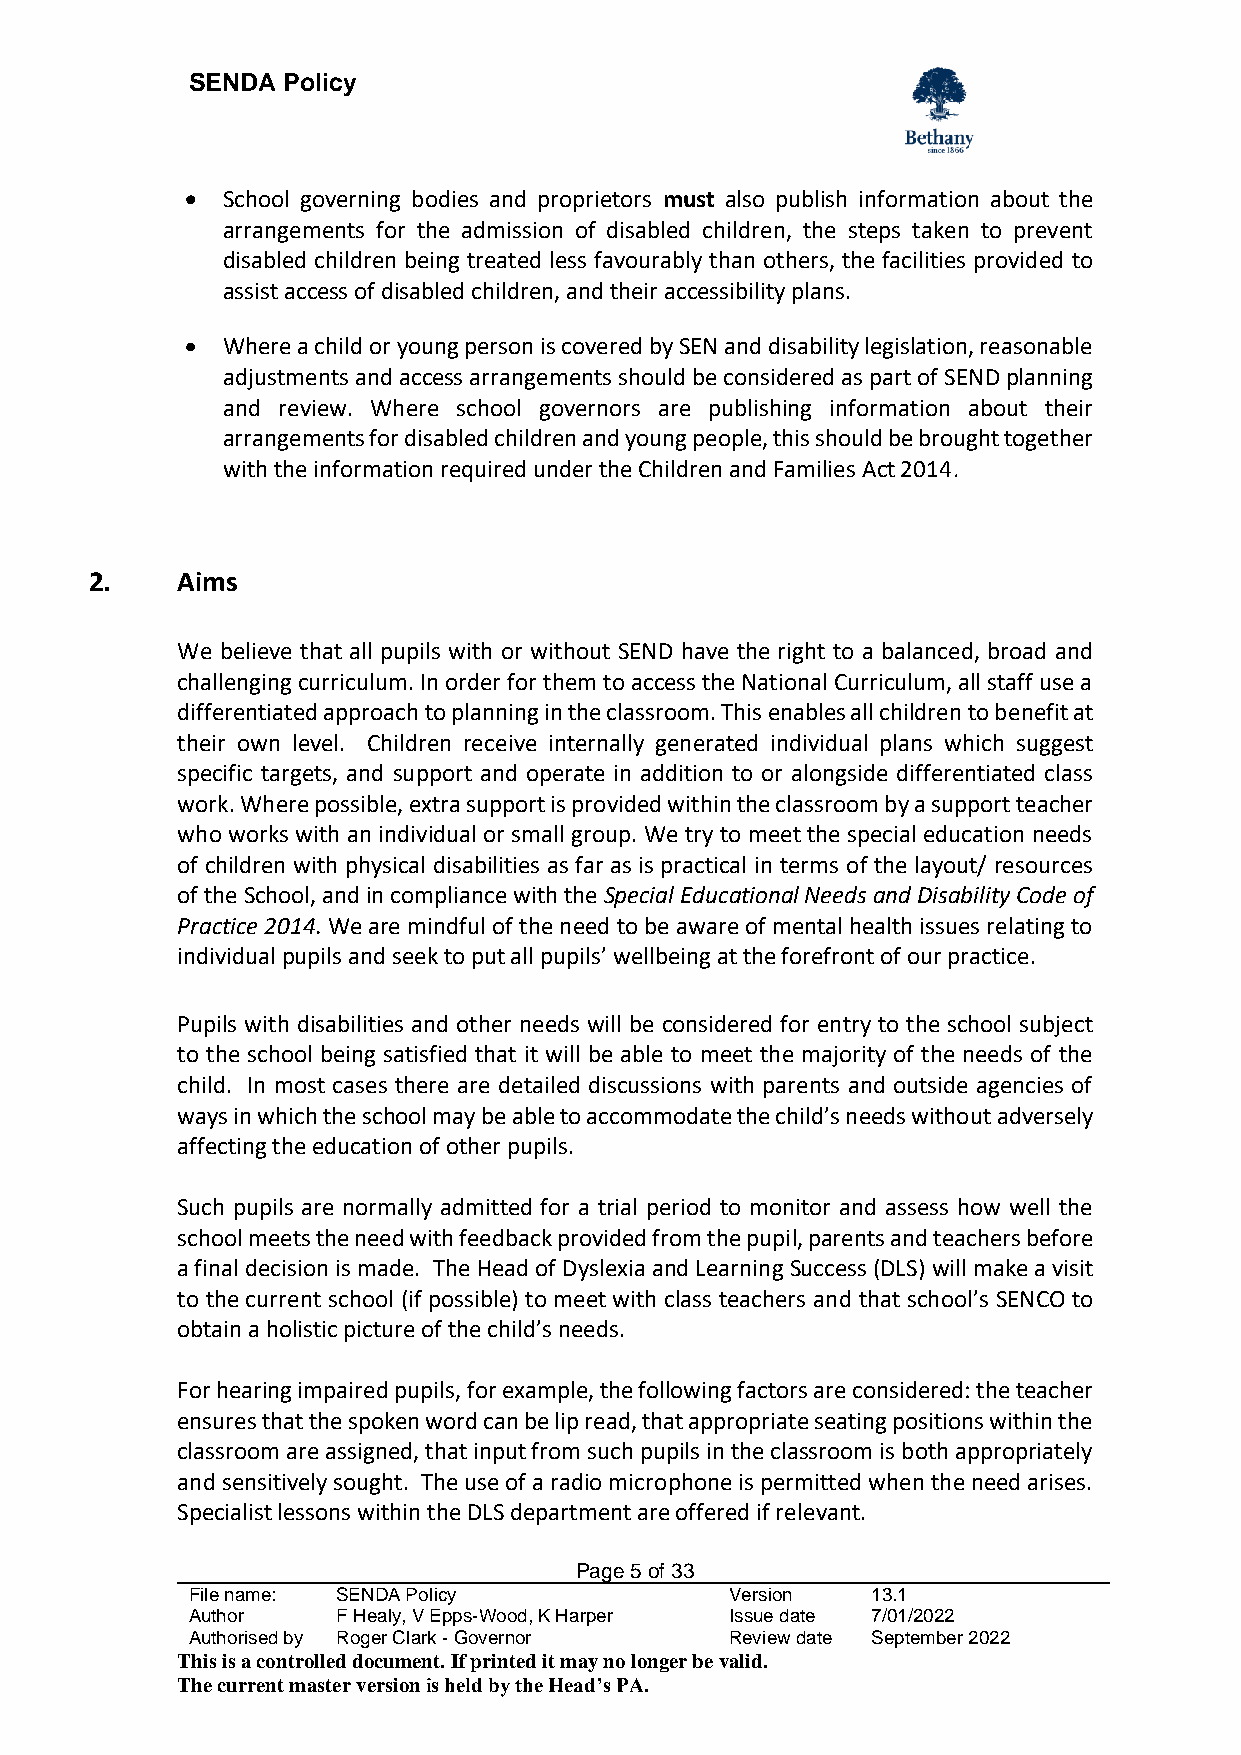
SENDA  Policy
 •  School governing bodies and proprietors must also publish information about the
 arrangements for the admission of disabled children, the steps taken to prevent
 disabled children being treated less favourably than others, the facilities provided to
 assist access of disabled children, and their accessibility plans.
 •  Where a child or young person is covered by SEN and disability legislation, reasonable
 adjustments and access arrangements should be considered as part of SEND planning
 and review. Where school governors are publishing information about their
 arrangements for disabled children and young people, this should be brought together
 with the information required under the Children and Families Act 2014.
 2.    Aims
 We believe that all pupils with or without SEND have the right to a balanced, broad and
 challenging curriculum. In order for them to access the National Curriculum, all staff use a
 differentiated approach to planning in the classroom. This enables all children to benefit at
 their own level. Children receive internally generated individual plans which suggest
 specific targets, and support and operate in addition to or alongside differentiated class
 work. Where possible, extra support is provided within the classroom by a support teacher
 who works with an individual or small group. We try to meet the special education needs
 of children with physical disabilities as far as is practical in terms of the layout/ resources
 of the School, and in compliance with the Special Educational Needs and Disability Code of
 Practice 2014. We are mindful of the need to be aware of mental health issues relating to
 individual pupils and seek to put all pupils’ wellbeing at the forefront of our practice.
 Pupils with disabilities and other needs will be considered for entry to the school subject
 to the school being satisfied that it will be able to meet the majority of the needs of the
 child. In most cases there are detailed discussions with parents and outside agencies of
 ways in which the school may be able to accommodate the child’s needs without adversely
 affecting the education of other pupils.
 Such pupils are normally admitted for a trial period to monitor and assess how well the
 school meets the need with feedback provided from the pupil, parents and teachers before
 a final decision is made. The Head of Dyslexia and Learning Success (DLS) will make a visit
 to the current school (if possible) to meet with class teachers and that school’s SENCO to
 obtain a holistic picture of the child’s needs.
 For hearing impaired pupils, for example, the following factors are considered: the teacher
 ensures that the spoken word can be lip read, that appropriate seating positions within the
 classroom are assigned, that input from such pupils in the classroom is both appropriately
 and sensitively sought. The use of a radio microphone is permitted when the need arises.
 Specialist lessons within the DLS department are offered if relevant.
 Page 5 of 33
 File name: SENDA Policy             Version   13.1
 Author    F Healy, V Epps-Wood, K Harper Issue date 7/01/2022
 Authorised by Roger Clark - Governor Review date September 2022
 This is a controlled document. If printed it may no longer be valid.
 The current master version is held by the Head’s PA.